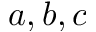
a , b , c